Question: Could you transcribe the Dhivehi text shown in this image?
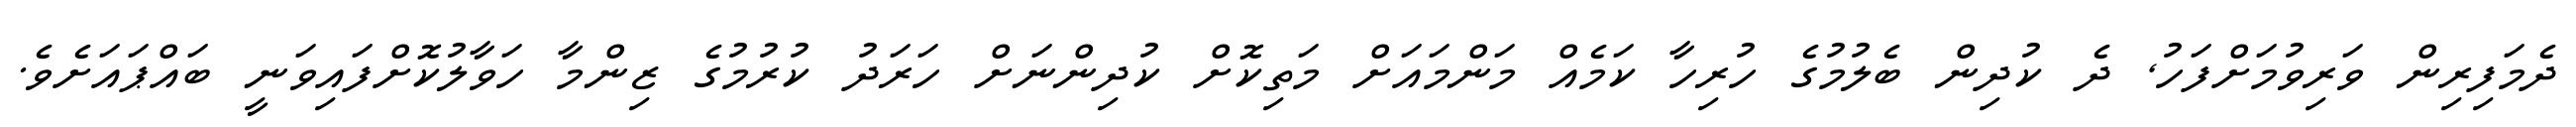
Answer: ދެމަފިރިން ވަރިވުމަށްފަހު, ދެ ކުދިން ބެލުމުގެ ހުރިހާ ކަމެއް މަންމައަށް މަތިކޮށް ކުދިންނަށް ހަރަދު ކުރުމުގެ ޒިންމާ ހަވާލުކޮށްފައިވަނީ ބައްޕައަށެވެ.